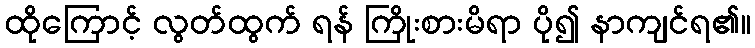
ထိုကြောင့် လွတ်ထွက် ရန် ကြိုးစားမိရာ ပို၍ နာကျင်ရ၏။